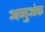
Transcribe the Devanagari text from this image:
अणुअंक